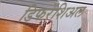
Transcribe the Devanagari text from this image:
डिफरेंशिअल